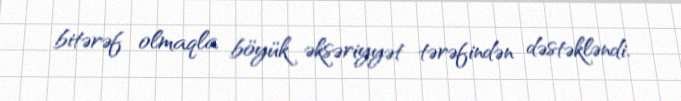
bitərəf olmaqla böyük əksəriyyət tərəfindən dəstəkləndi.